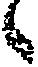
々